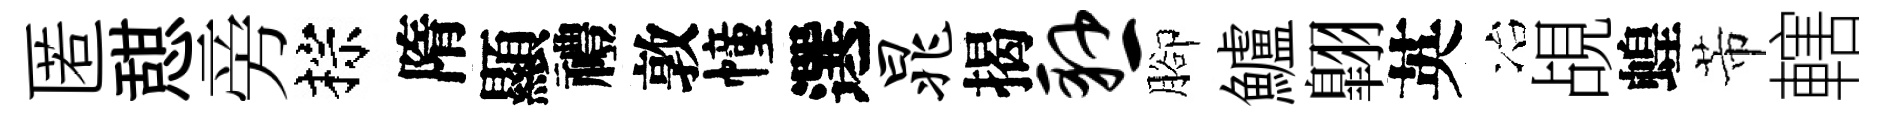
匿憇旁棕隋顯禮敦幢選晁揭悬腳鱸翺英冶覘蝗芾轄